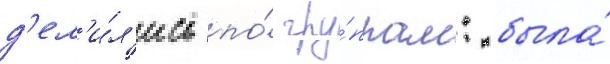
д'ел'и́л'ись по́ гру́ппам: была́